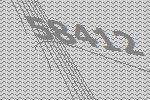
58412